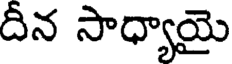
దీన సాధ్యాయై